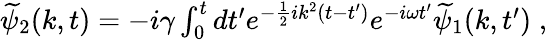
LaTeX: \begin{array}{r}{\widetilde{\psi}_{2}(k,t)=-i\gamma\int_{0}^{t}dt^{\prime}e^{-\frac{1}{2}ik^{2}(t-t^{\prime})}e^{-i\omega t^{\prime}}\widetilde{\psi}_{1}(k,t^{\prime})\; ,}\end{array}